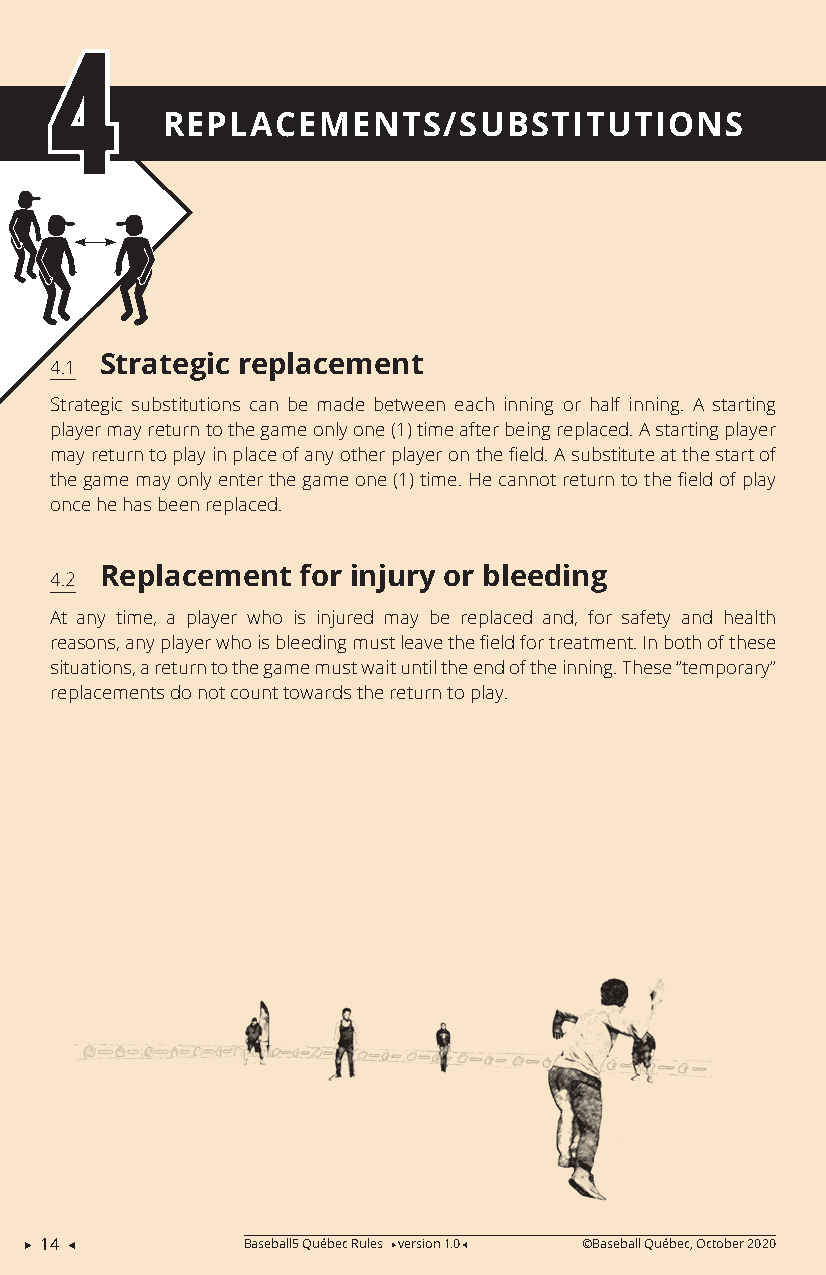
4
 REPLACEMENTS/SUBSTITUTIONS
 Strategic replacement
 4.1
 Strategic substitutions can be made between each inning or half inning. A starting
 player may return to the game only one (1) time after being replaced. A starting player
 may return to play in place of any other player on the field. A substitute at the start of
 the game may only enter the game one (1) time. He cannot return to the field of play
 once he has been replaced.
 Replacement  for injury or bleeding
 4.2
 At any time, a player who is injured may be replaced and, for safety and health
 reasons, any player who is bleeding must leave the field for treatment. In both of these
 situations, a return to the game must wait until the end of the inning. These “temporary”
 replacements do not count towards the return to play.
  14          Baseball5 Québec Rules version 1.0 ©Baseball Québec, October 2020